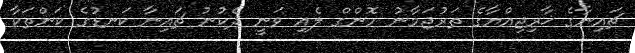
ޗައިނާގެ ޚާރިޖިއްޔާގެ ތަރުޖަމާނު ހޮންގް ލެއި ވަނީ ދެކުނު ޗައިނާ ކަނޑުގެ ކަންތަކާ